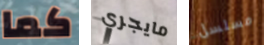
كما مايجري مسلسل